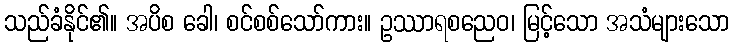
သည်ခံနိုင်၏။ အပိစ ခေါ၊ စင်စစ်သော်ကား။ ဥဿာရစညေဝ၊ မြင့်သော အသံများသော